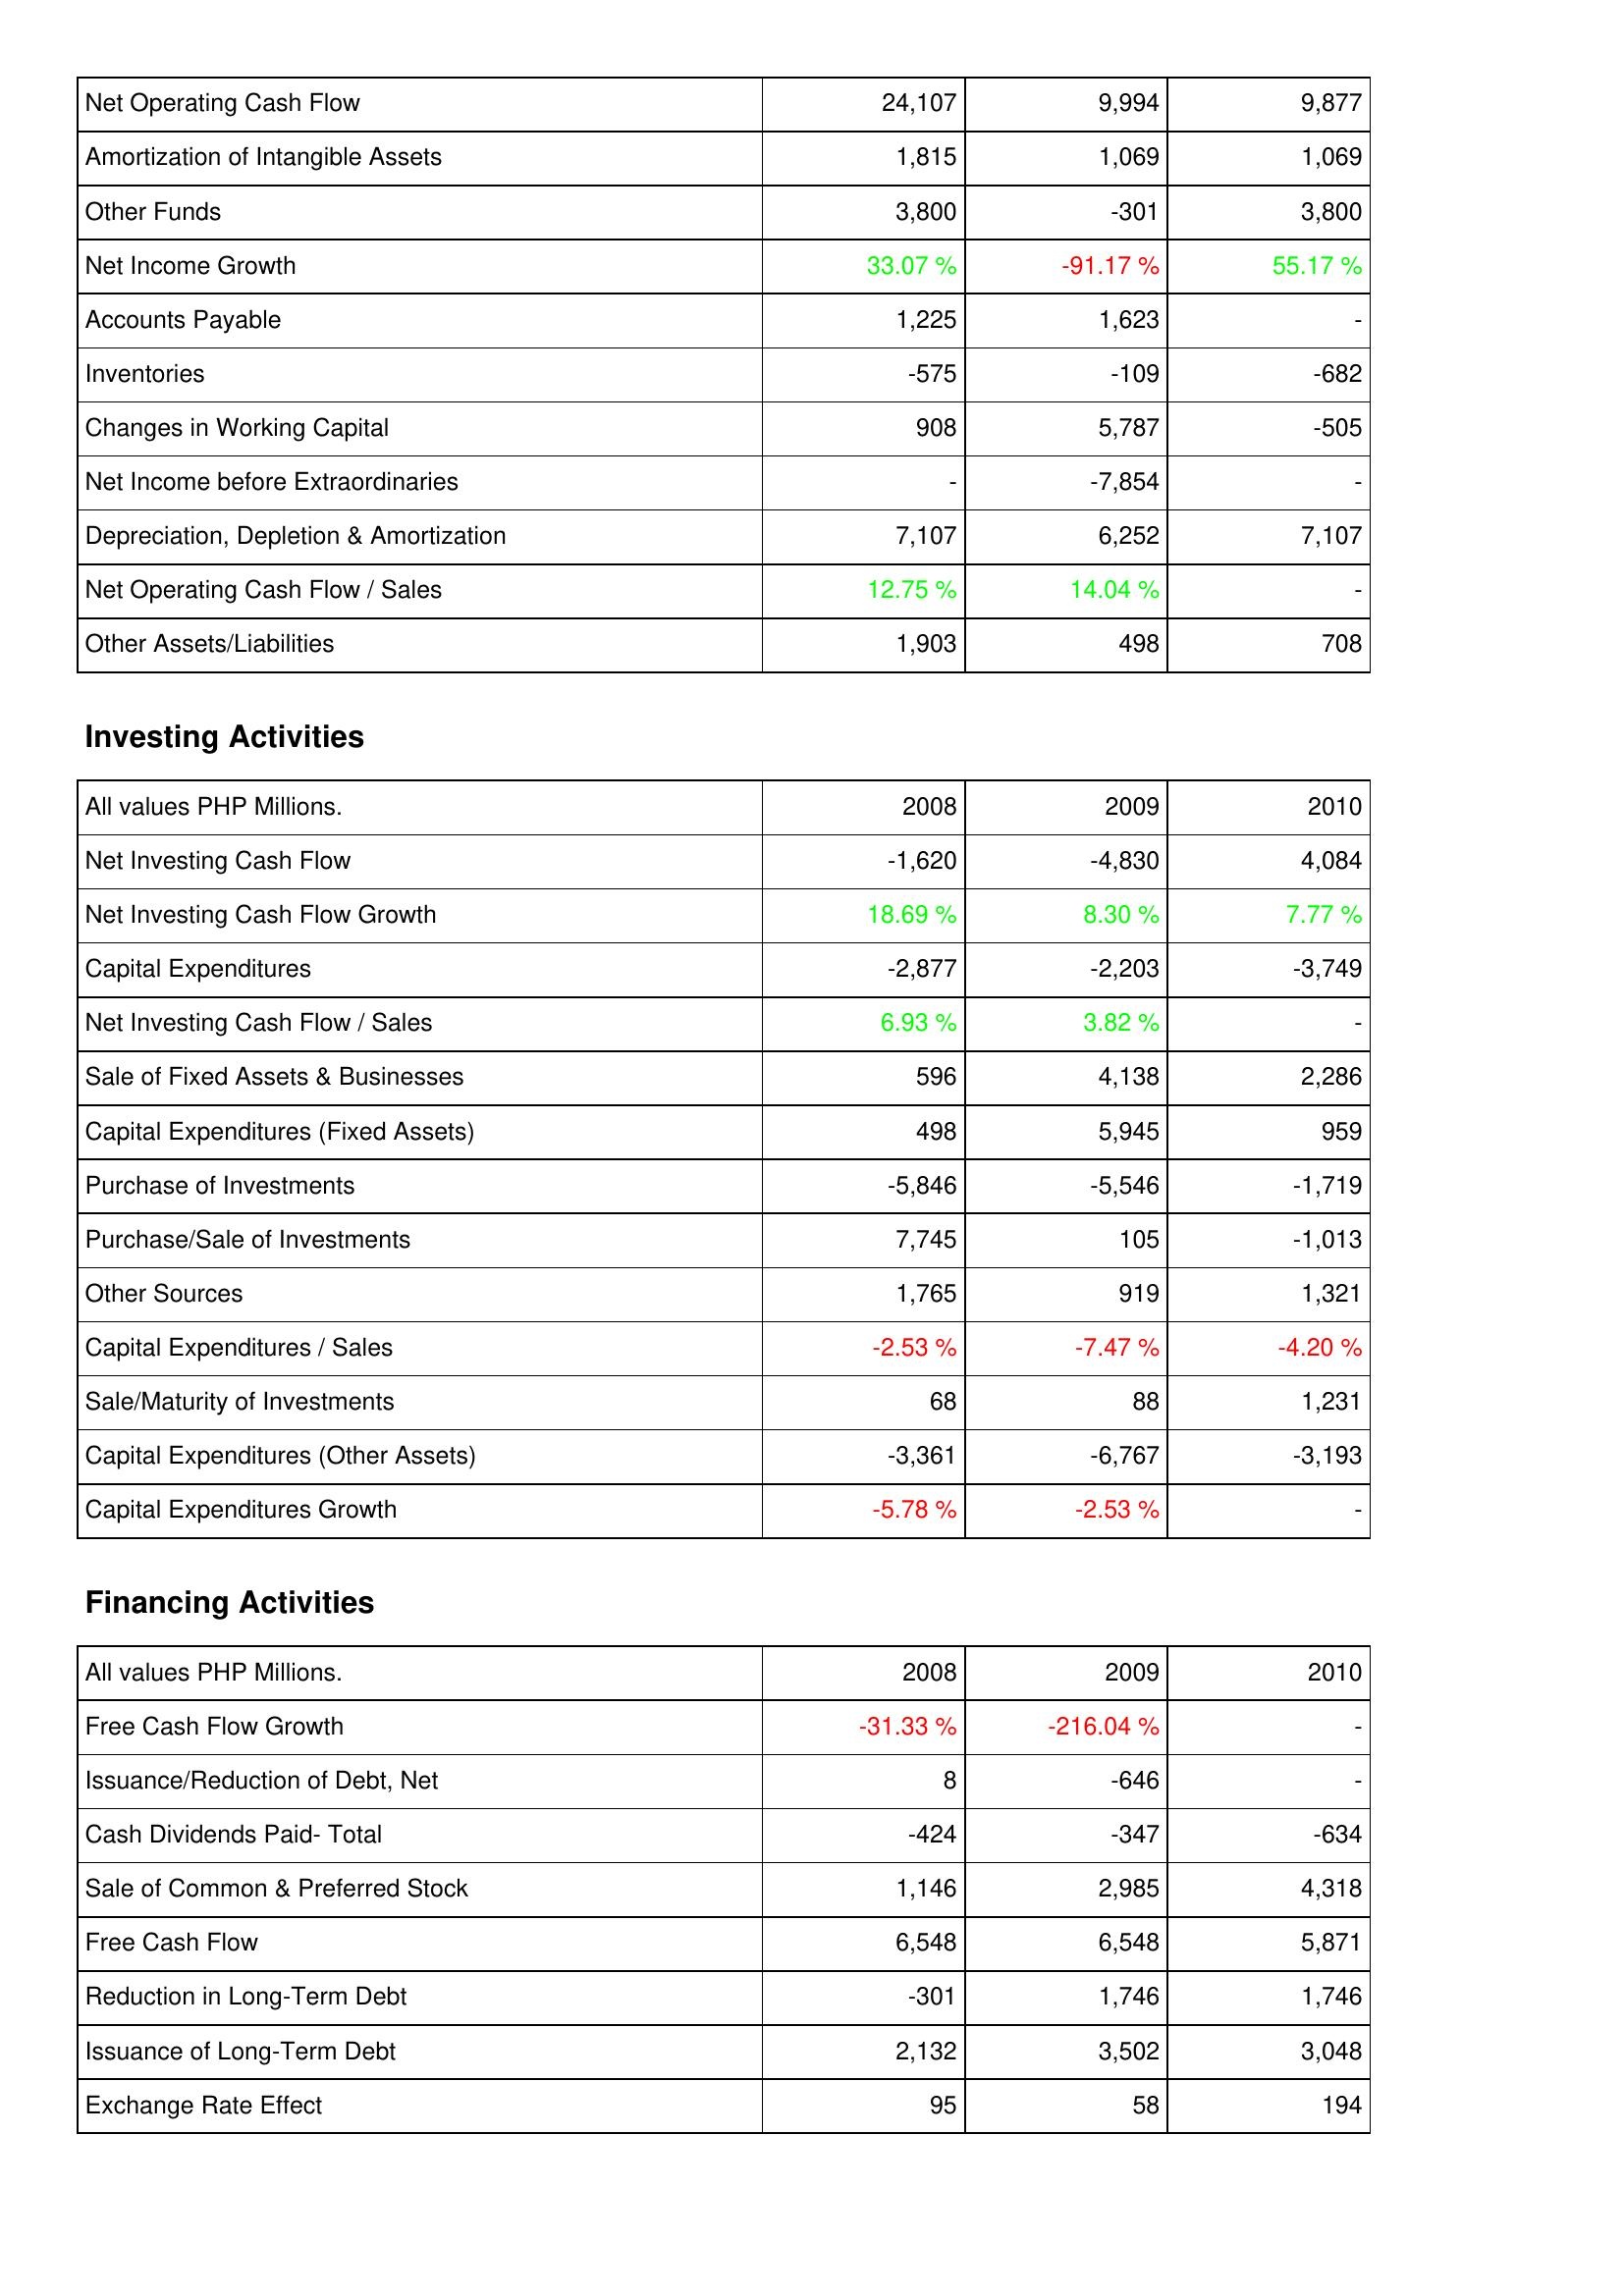
2008: Operating Activities: Net Operating Cash Flow: 24,107
Amortization of Intangible Assets: 1,815
Other Funds: 3,800
Net Income Growth: 33.07 %
Accounts Payable: 1,225
Inventories: -575
Changes in Working Capital: 908
Net Income before Extraordinaries: -
Depreciation, Depletion & Amortization: 7,107
Net Operating Cash Flow / Sales: 12.75 %
Other Assets/Liabilities: 1,903
Investing Activities: Net Investing Cash Flow: -1,620
Net Investing Cash Flow Growth: 18.69 %
Capital Expenditures: -2,877
Net Investing Cash Flow / Sales: 6.93 %
Sale of Fixed Assets & Businesses: 596
Capital Expenditures (Fixed Assets): 498
Purchase of Investments: -5,846
Purchase/Sale of Investments: 7,745
Other Sources: 1,765
Capital Expenditures / Sales: -2.53 %
Sale/Maturity of Investments: 68
Capital Expenditures (Other Assets): -3,361
Capital Expenditures Growth: -5.78 %
Financing Activities: Free Cash Flow Growth: -31.33 %
Issuance/Reduction of Debt, Net: 8
Cash Dividends Paid- Total: -424
Sale of Common & Preferred Stock: 1,146
Free Cash Flow: 6,548
Reduction in Long-Term Debt: -301
Issuance of Long-Term Debt: 2,132
Exchange Rate Effect: 95
2009: Operating Activities: Net Operating Cash Flow: 9,994
Amortization of Intangible Assets: 1,069
Other Funds: -301
Net Income Growth: -91.17 %
Accounts Payable: 1,623
Inventories: -109
Changes in Working Capital: 5,787
Net Income before Extraordinaries: -7,854
Depreciation, Depletion & Amortization: 6,252
Net Operating Cash Flow / Sales: 14.04 %
Other Assets/Liabilities: 498
Investing Activities: Net Investing Cash Flow: -4,830
Net Investing Cash Flow Growth: 8.30 %
Capital Expenditures: -2,203
Net Investing Cash Flow / Sales: 3.82 %
Sale of Fixed Assets & Businesses: 4,138
Capital Expenditures (Fixed Assets): 5,945
Purchase of Investments: -5,546
Purchase/Sale of Investments: 105
Other Sources: 919
Capital Expenditures / Sales: -7.47 %
Sale/Maturity of Investments: 88
Capital Expenditures (Other Assets): -6,767
Capital Expenditures Growth: -2.53 %
Financing Activities: Free Cash Flow Growth: -216.04 %
Issuance/Reduction of Debt, Net: -646
Cash Dividends Paid- Total: -347
Sale of Common & Preferred Stock: 2,985
Free Cash Flow: 6,548
Reduction in Long-Term Debt: 1,746
Issuance of Long-Term Debt: 3,502
Exchange Rate Effect: 58
2010: Operating Activities: Net Operating Cash Flow: 9,877
Amortization of Intangible Assets: 1,069
Other Funds: 3,800
Net Income Growth: 55.17 %
Accounts Payable: -
Inventories: -682
Changes in Working Capital: -505
Net Income before Extraordinaries: -
Depreciation, Depletion & Amortization: 7,107
Net Operating Cash Flow / Sales: -
Other Assets/Liabilities: 708
Investing Activities: Net Investing Cash Flow: 4,084
Net Investing Cash Flow Growth: 7.77 %
Capital Expenditures: -3,749
Net Investing Cash Flow / Sales: -
Sale of Fixed Assets & Businesses: 2,286
Capital Expenditures (Fixed Assets): 959
Purchase of Investments: -1,719
Purchase/Sale of Investments: -1,013
Other Sources: 1,321
Capital Expenditures / Sales: -4.20 %
Sale/Maturity of Investments: 1,231
Capital Expenditures (Other Assets): -3,193
Capital Expenditures Growth: -
Financing Activities: Free Cash Flow Growth: -
Issuance/Reduction of Debt, Net: -
Cash Dividends Paid- Total: -634
Sale of Common & Preferred Stock: 4,318
Free Cash Flow: 5,871
Reduction in Long-Term Debt: 1,746
Issuance of Long-Term Debt: 3,048
Exchange Rate Effect: 194